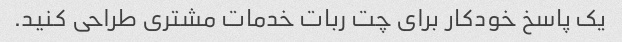
یک پاسخ خودکار برای چت ربات خدمات مشتری طراحی کنید.